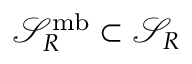
\mathcal { S } _ { R } ^ { \mathrm { m b } } \subset \mathcal { S } _ { R }